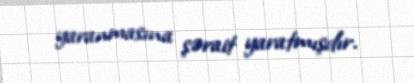
yaranmasına şərait yaratmışdır.